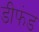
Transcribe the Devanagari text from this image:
डीफंड